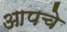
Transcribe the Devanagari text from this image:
आपचे